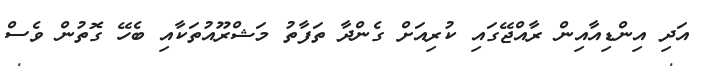
އަދި އިންޑިއާއިން ރާއްޖޭގައި ކުރިއަށް ގެންދާ ތަފާތު މަޝްރޫއުތަކާއި ބެހޭ ގޮތުން ވެސް